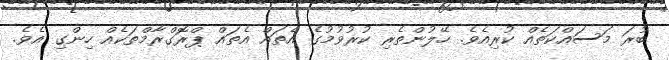
ބުރަ މަސައްކަތެއް ކުރިއެވެ. ހޭލުންތެރި ކުރުވުމުގެ އެތައް އެތައް ޕްރޮގްރާމްތަކެއް ހިންގި އެވެ.